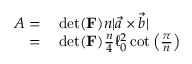
\begin{array} { r l } { A = } & { { } \operatorname* { d e t } ( \mathbf { F } ) n | \vec { a } \times \vec { b } | } \\ { = } & { { } \operatorname* { d e t } ( \mathbf { F } ) \frac { n } { 4 } \ell _ { 0 } ^ { 2 } \cot \left( \frac { \pi } { n } \right) } \end{array}